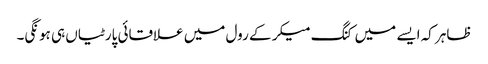
ظاہر کہ ایسے میں کنگ میکر کے رول میں علاقائی پارٹیاں ہی ہونگی۔